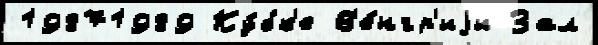
19871989 Ку́бк'е В'е́нгр'иjи Зал